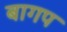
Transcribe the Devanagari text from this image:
बागप